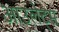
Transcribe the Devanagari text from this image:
आउलेट्स